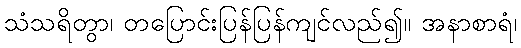
သံသရိတွာ၊ တပြောင်းပြန်ပြန်ကျင်လည်၍။ အနာစာရံ၊